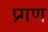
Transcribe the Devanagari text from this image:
प्र्गण